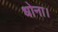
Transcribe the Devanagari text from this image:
धोना।